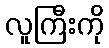
လူကြီးကို